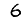
Digit: 6